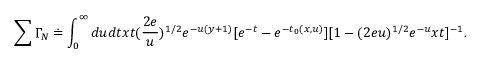
\sum \Gamma _ { N } \doteq \int _ { 0 } ^ { \infty } d u d t x t ( \frac { 2 e } { u } ) ^ { 1 / 2 } e ^ { - u ( y + 1 ) } [ e ^ { - t } - e ^ { - t _ { 0 } ( x , u ) } ] [ 1 - ( 2 e u ) ^ { 1 / 2 } e ^ { - u } x t ] ^ { - 1 } .